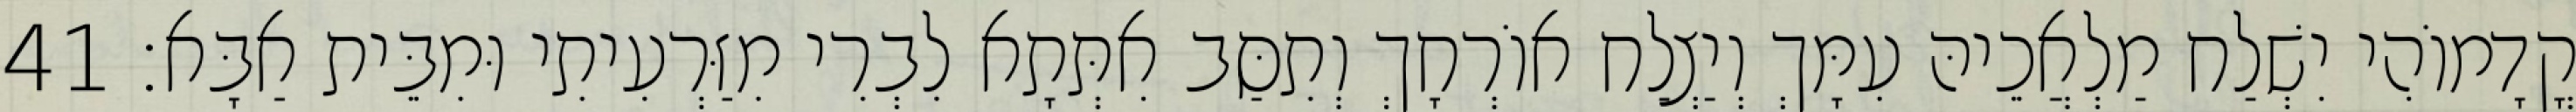
קֳדָמוֹהִי יִשְׁלַח מַלְאֲכֵיהּ עִמָּךְ וְיַצְלַח אוֹרְחָךְ וְתִסַּב אִתְּתָא לִבְרִי מִזַּרְעִיתִי וּמִבֵּית אַבָּא׃ 41